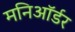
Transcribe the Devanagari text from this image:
मनिऑर्डर